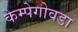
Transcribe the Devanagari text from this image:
केम्पेगोवडा